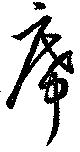
席